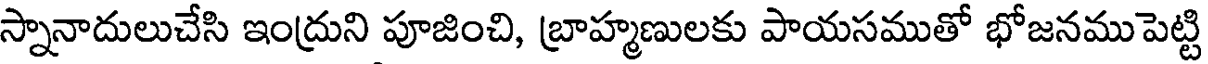
స్నానాదులుచేసి ఇంద్రుని పూజించి, బ్రాహ్మణులకు పాయసముతో భోజనముపెట్టి